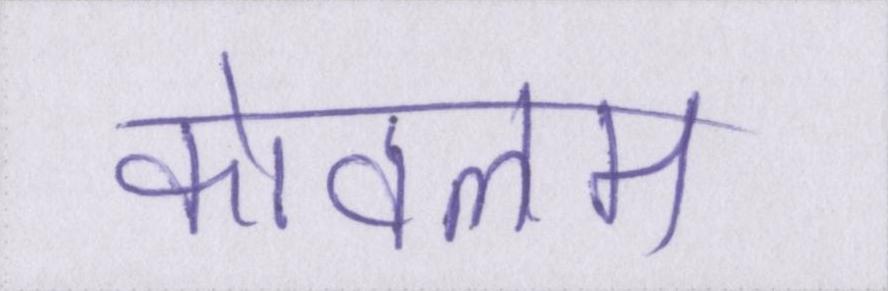
कोवलम